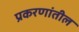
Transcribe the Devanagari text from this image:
प्रकरणांतील